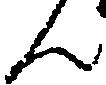
ん